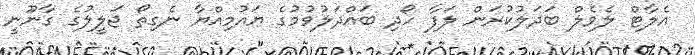
އެލާޓް ލެވެލް ބަދަލުކުރަން ލަފާ ހޯދި ބައްދަލުވުމުގެ ޔައުމިއްޔާ ނެގިތޯ ޖަލީލުގެ ގާނޫނީ